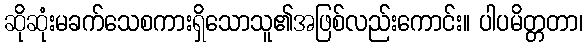
ဆိုဆုံးမခက်သေစကားရှိသောသူ၏အဖြစ်လည်းကောင်း။ ပါပမိတ္တတာ၊